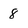
Character: 8